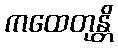
ကထေတုန္တိ